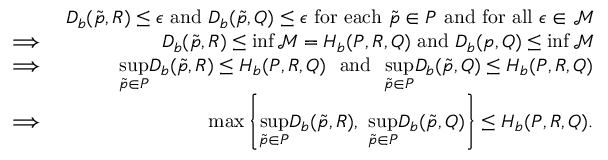
\begin{array} { r l r } & { } & { D _ { b } ( \Tilde { p } , R ) \leq \epsilon ~ \mathrm { a n d } ~ D _ { b } ( \Tilde { p } , Q ) \leq \epsilon ~ \mathrm { f o r ~ e a c h } ~ \Tilde { p } \in P ~ \mathrm { a n d ~ f o r ~ a l l } ~ \epsilon \in \mathcal { M } } \\ & { \implies } & { D _ { b } ( \Tilde { p } , R ) \leq \operatorname* { i n f } \mathcal { M } = H _ { b } ( P , R , Q ) ~ \mathrm { a n d } ~ D _ { b } ( p , Q ) \leq \operatorname* { i n f } \mathcal { M } } \\ & { \implies } & { \underset { \Tilde { p } \in P } { \operatorname* { s u p } } D _ { b } ( \Tilde { p } , R ) \leq H _ { b } ( P , R , Q ) ~ ~ \mathrm { a n d } ~ ~ \underset { \Tilde { p } \in P } { \operatorname* { s u p } } D _ { b } ( \Tilde { p } , Q ) \leq H _ { b } ( P , R , Q ) } \\ & { \implies } & { \operatorname* { m a x } \left\{ \underset { \Tilde { p } \in P } { \operatorname* { s u p } } D _ { b } ( \Tilde { p } , R ) , ~ \underset { \Tilde { p } \in P } { \operatorname* { s u p } } D _ { b } ( \Tilde { p } , Q ) \right\} \leq H _ { b } ( P , R , Q ) . } \end{array}